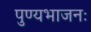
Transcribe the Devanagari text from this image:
पुण्यभाजनः